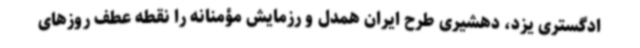
ادگستری یزد، دهشیری طرح ایران همدل و رزمایش مؤمنانه را نقطه عطف روزهای